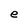
Character: e